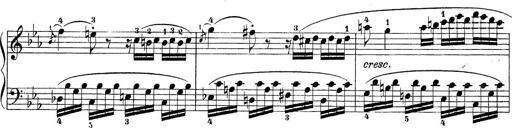
Title: Sonatina Album
Composer: Louis KÃ¶hler